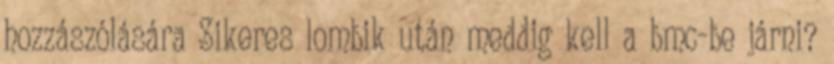
hozzászólására Sikeres lombik után meddig kell a bmc-be járni?